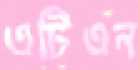
এটিএন